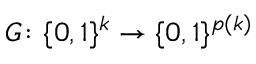
G \colon \{ 0 , 1 \} ^ { k } \to \{ 0 , 1 \} ^ { p ( k ) }